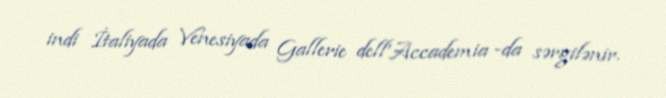
indi İtaliyada Venesiyada Gallerie dell'Accademia -da sərgilənir.